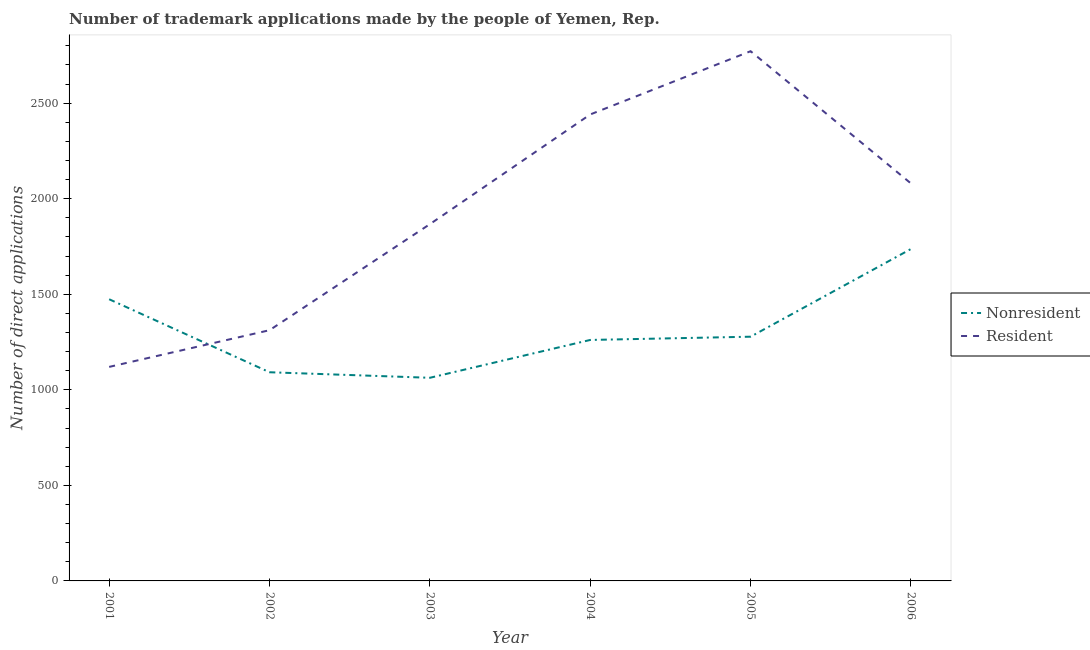
| Year | Nonresident | Resident |
 | --- | --- | --- |
 | 2001 | 1.47e+03 | 1.12e+03 |
 | 2002 | 1.09e+03 | 1.31e+03 |
 | 2003 | 1.06e+03 | 1.87e+03 |
 | 2004 | 1.26e+03 | 2.44e+03 |
 | 2005 | 1.28e+03 | 2.77e+03 |
 | 2006 | 1.74e+03 | 2.08e+03 |